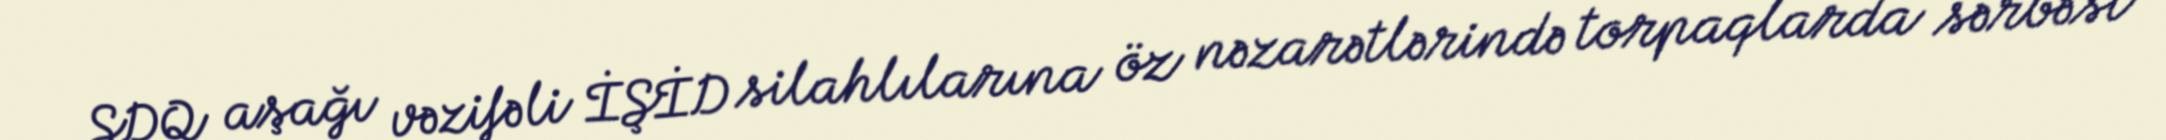
SDQ aşağı vəzifəli İŞİD silahlılarına öz nəzarətlərində torpaqlarda sərbəst